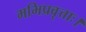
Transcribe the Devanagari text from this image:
मभिप्रवृत्ताः।